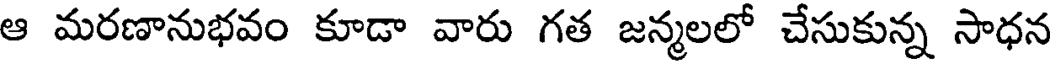
ఆ మరణానుభవం కూడా వారు గత జన్మలలో చేసుకున్న సాధన